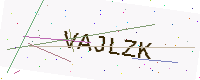
Text: VAJLZK